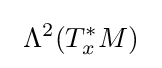
\ \Lambda ^{2}(T_{x}^{\ast }M)\